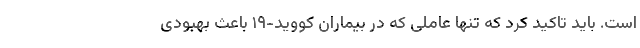
است. باید تاکید کرد که تنها عاملی که در بیماران کووید-۱۹ باعث بهبودی